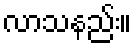
လာသနည်း။